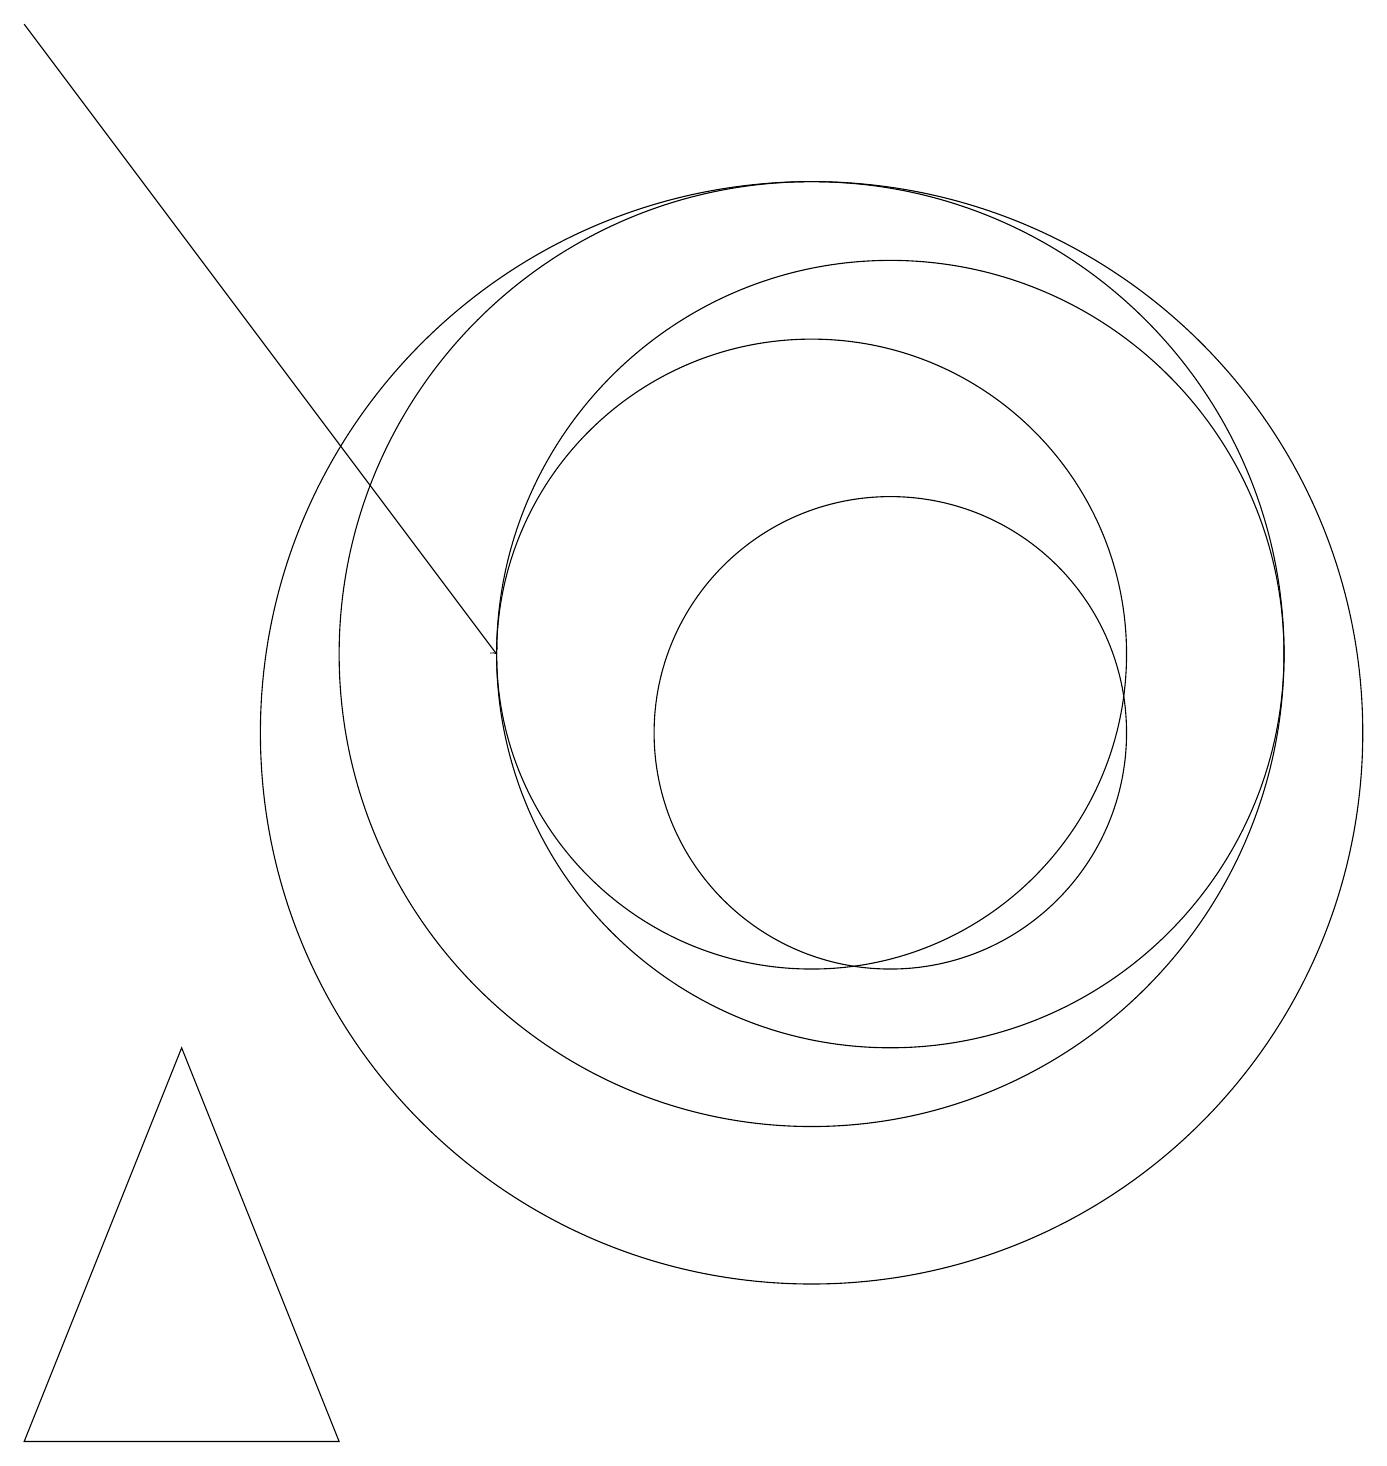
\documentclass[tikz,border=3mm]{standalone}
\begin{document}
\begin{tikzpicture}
\draw (10,11) circle (4);
\draw (10,10) circle (0);
\draw[->] (0,19) -- (6,11);
\draw (10,10) circle (7);
\draw (11,11) circle (5);
\draw (10,11) circle (6);
\draw (11,10) circle (3);
\draw (4,1) -- (0,1) -- (2,6) -- cycle;
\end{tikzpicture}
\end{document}